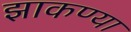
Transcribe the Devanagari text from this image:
झाकण्या